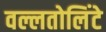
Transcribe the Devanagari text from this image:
वल्लतोलिंटे